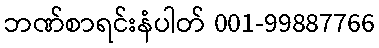
ဘဏ်စာရင်းနံပါတ် 001-99887766